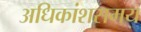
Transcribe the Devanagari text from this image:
अधिकांशसमय